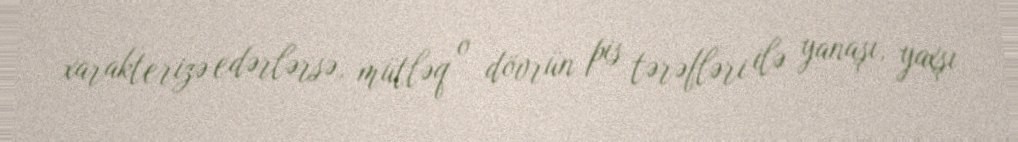
xarakterizə edərlərsə, mütləq o dövrün pis tərəfləri ilə yanaşı, yaxşı